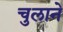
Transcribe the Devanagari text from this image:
चुलाने